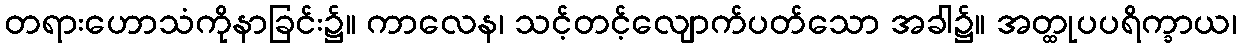
တရားဟောသံကိုနာခြင်း၌။ ကာလေန၊ သင့်တင့်လျောက်ပတ်သော အခါ၌။ အတ္ထုပပရိက္ခာယ၊